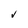
Character: V